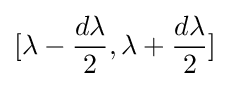
[\lambda -{d\lambda  \over 2},\lambda +{d\lambda  \over 2}]